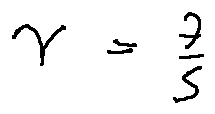
\gamma = \frac { 7 } { 5 }